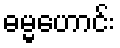
ဓမ္မဟောင်း